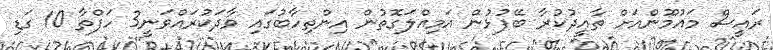
ރައީސް މައުމޫންއަށް ތާއީދުކުރާ ބޭފުޅުން އަމިއްލަގޮތުން އިންތިހާބުގައި ވާދަކުރައްވަނީ3 ހަފްތާ 10 ގަޑި